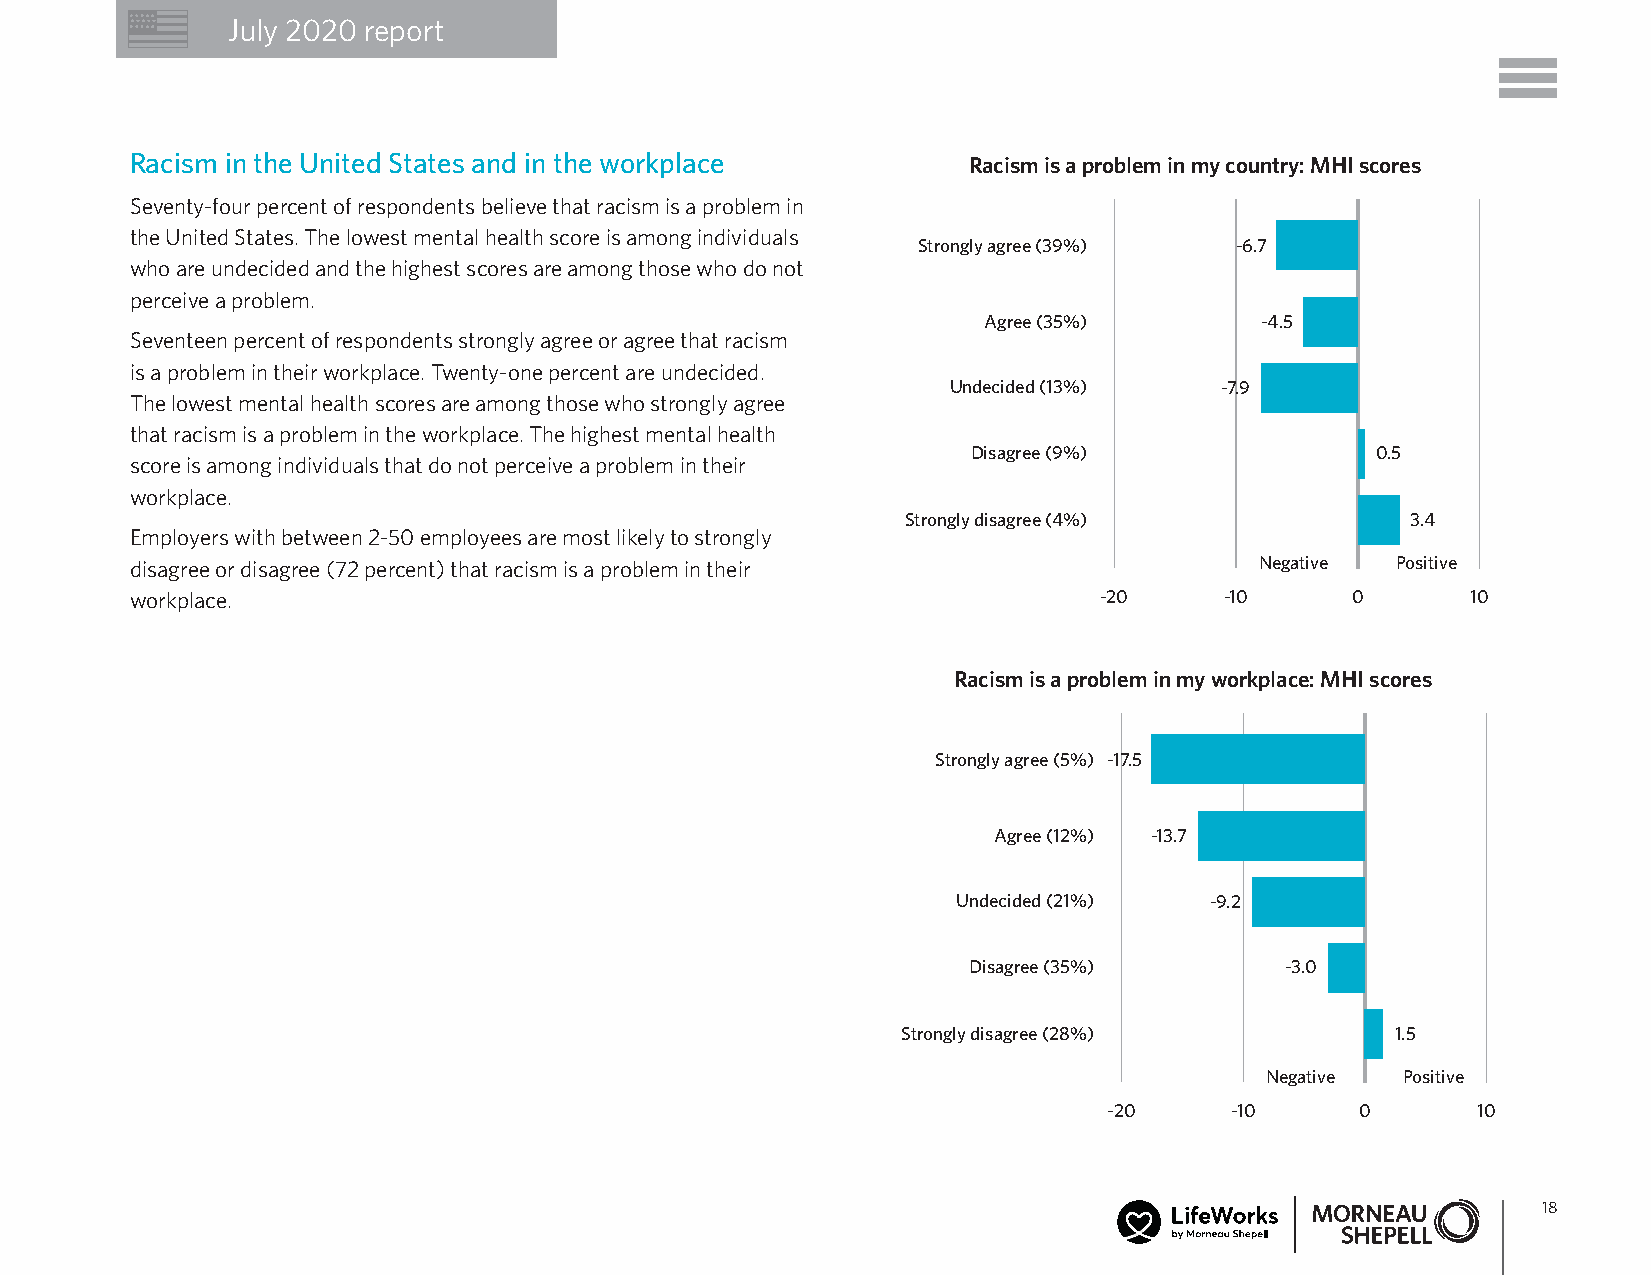
July 2020 report
 Racism in the United States and in the workplace       Racism is a problem in my country: MHI scores
 Seventy-four percent of respondents believe that racism is a problem in
 the United States. The lowest mental health score is among individuals
 Strongly agree (39%) -6.7
 who are undecided and the highest scores are among those who do not
 perceive a problem.
 Agree (35%)       -4.5
 Seventeen percent of respondents strongly agree or agree that racism
 is a problem in their workplace. Twenty-one percent are undecided.
 Undecided (13%)   -7.9
 The lowest mental health scores are among those who strongly agree
 that racism is a problem in the workplace. The highest mental health
 Disagree (9%)              0.5
 score is among individuals that do not perceive a problem in their
 workplace.
 Strongly disagree (4%)           3.4
 Employers with between 2-50 employees are most likely to strongly
 disagree or disagree (72 percent) that racism is a problem in their       Negative Positive
 workplace.                                                      -20     -10     0       10
 Racism is a problem in my workplace: MHI scores
 Strongly agree (5%) -17.5
 Agree (12%) -13.7
 Undecided (21%)  -9.2
 Disagree (35%)       -3.0
 Strongly disagree (28%)         1.5
 Negative Positive
 -20     -10      0       10
 18